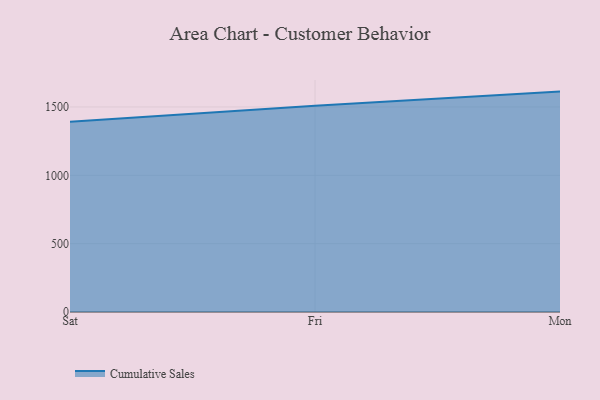
{"axis": {"x": "Day", "y": "Satisfaction Score"}, "legend": ["Cumulative Sales"], "data": [{"x": "Sat", "y": 1391.0, "type": "Cumulative Sales"}, {"x": "Fri", "y": 1509.4, "type": "Cumulative Sales"}, {"x": "Mon", "y": 1612.4, "type": "Cumulative Sales"}]}